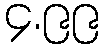
၄.၉၉